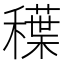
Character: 𱶦